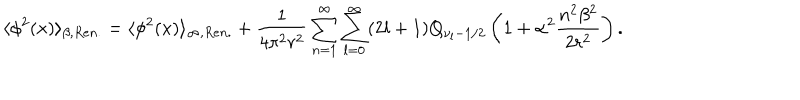
\langle \phi ^ { 2 } ( x ) \rangle _ { \beta , R e n . } = \langle \phi ^ { 2 } ( x ) \rangle _ { \infty , R e n . } + \frac { 1 } { 4 \pi ^ { 2 } r ^ { 2 } } \sum _ { n = 1 } ^ { \infty } \sum _ { l = 0 } ^ { \infty } ( 2 l + 1 ) Q _ { \nu _ { l } - 1 / 2 } \left( 1 + \alpha ^ { 2 } \frac { n ^ { 2 } \beta ^ { 2 } } { 2 r ^ { 2 } } \right) .